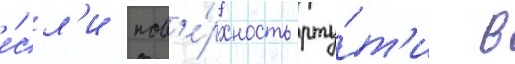
е́сл'и пов'е́рхность рту́т'и в